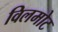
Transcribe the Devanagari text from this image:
विलमोट